system: You are a helpful assistant.
user:
Analyze the provided spectrum to determine if it is a **M-type Giant (gM)**.

A M-type Giant spectrum is defined by its **strong molecular absorption** features, particularly from **Titanium Oxide (TiO)**. You must check for one of the following mutually exclusive signatures:

- **Key Visual Indicators (Absorption-Dominated Spectrum):**

    - **(Primary):** The spectrum is dominated by strong molecular absorption from **Titanium Oxide (TiO)**. This is the **defining feature** of its M-type temperature class.
        - **(Key Bandheads):** Look for sharp, "saw-tooth" absorption valleys. The strongest are located near **~7050 Å**, **~6160 Å**, and **~5170 Å**.
        - **(Line Profile):** The "saw-tooth" morphology is critical: a **sharp, steep drop on the BLUE (short-wavelength) side** of the bandhead, followed by a gradual recovery (rising flux) towards the RED (long-wavelength) side.

    - **(Key Confirmation - Giant vs. Dwarf):** **ABSENCE** of strong **Calcium Hydride (CaH)** molecular bands. This is the primary diagnostic for *excluding* M-dwarfs.
        - **(Key Region):** The spectrum should lack the strong, broad absorption band seen in dwarfs between **~6800 Å and ~7000 Å**.

    - **(Secondary Confirmation - Giant):** A very strong and broad **Neutral Calcium (Ca I)** atomic absorption line.
        - **(Key Line):** Located at **~4226 Å**. In a giant (gM), this line is significantly deeper and broader than the same line in an M-dwarf (dM) due to low surface gravity.

    - **(Overall Spectrum):**
        - The continuum is **extremely red-sloping** (i.e., flux is very low in the blue and rises dramatically towards the red).
        - The entire spectrum appears "chopped up" by the deep TiO bands.

Think first, call **spectral_visualization_tool** if needed to examine features in detail, then provide your final answer. Your response must adhere to the following strict rules:
1.  **Overall Structure:** Your response must follow the format `<think>...</think> <tool_call>...</tool_call> (if a tool is used) <answer>...</answer>`.
2.  **Tool Usage Constraint:** You may only make **one** tool call per turn.
3.  **Final Answer Format:** In the `<answer>` tag, your conclusion must be inside a `\boxed{}` command (e.g., `\boxed{YES}` or `\boxed{NO}`), followed by your justification.

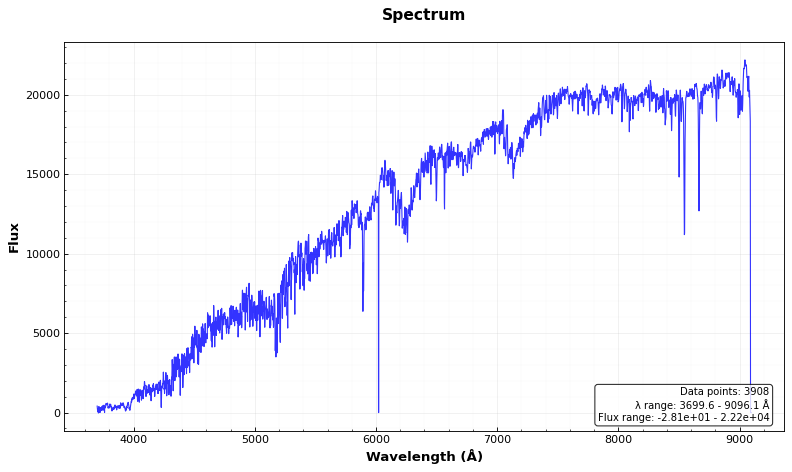
Answer: YES